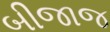
બીજાજ